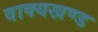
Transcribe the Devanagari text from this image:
वाक्यखण्ड